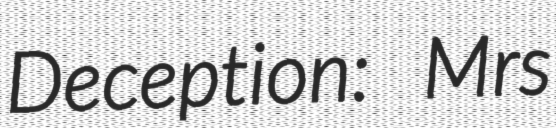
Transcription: Deception: Mrs